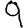
Digit: 9